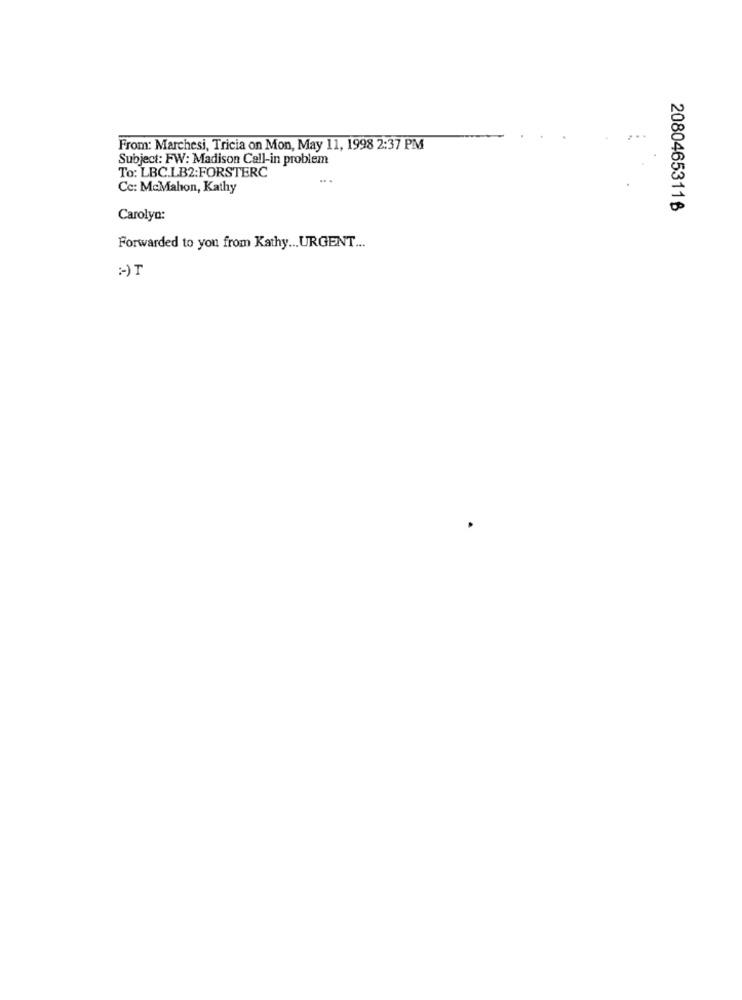
From: Marchesi, Tricia on Mon, May 11, 1998 2:37 PM
Subject: FW: Madison Call-in problem
To: LBC.LB2:FORSTERC
Cc: McMahon, Kathy
20804653116
Carolyn:
Forwarded to you from Kathy ... URGENT ...
:- ) T